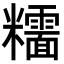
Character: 𥽯